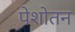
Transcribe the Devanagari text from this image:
पेशोतन